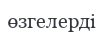
өзгелерді